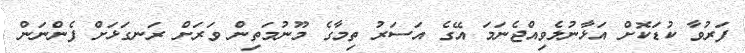
ފަރުވާ ކުޑަކޮށް އަޅާނުލެވިއްޖެނަމަ އޭގެ އަސަރު ތިމާގެ މޫނުމަތިން ވަރަށް ރަނގަޅަށް ފެންނަން